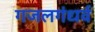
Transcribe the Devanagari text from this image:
गजलगंधर्व